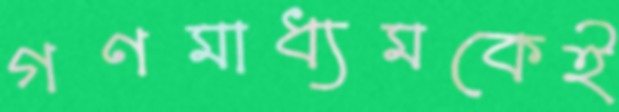
গণমাধ্যমকেই